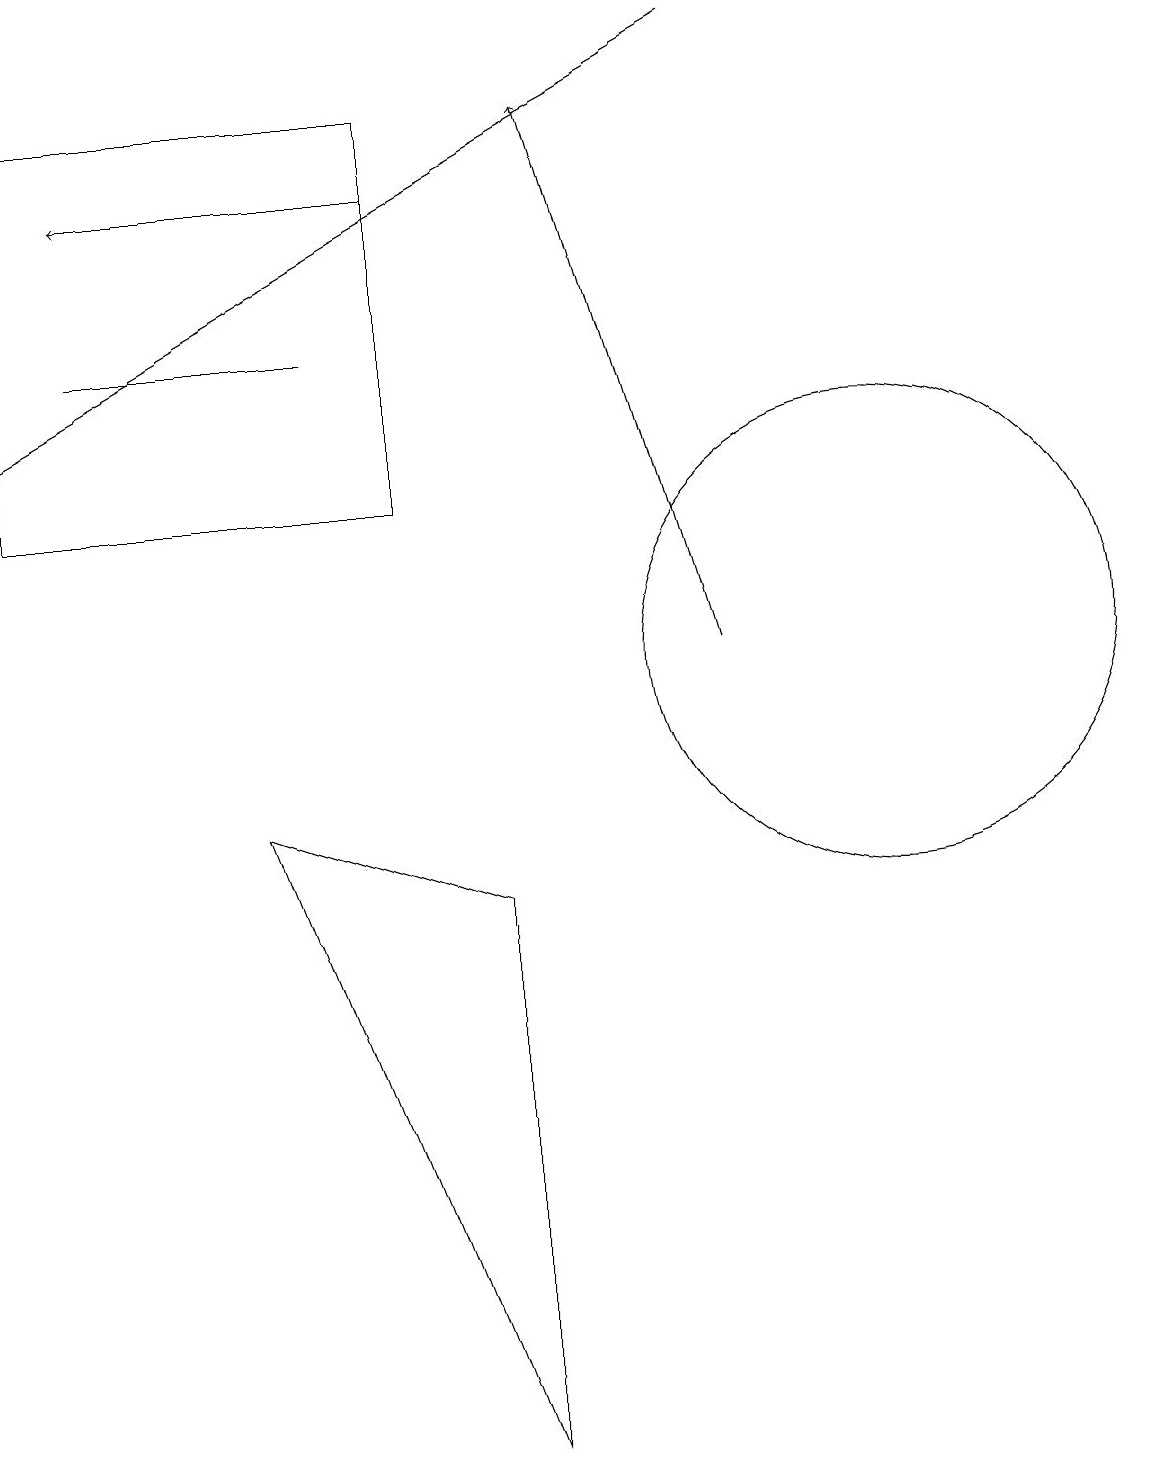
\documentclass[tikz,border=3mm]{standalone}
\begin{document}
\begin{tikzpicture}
\draw (11,10) circle (3);
\draw[->] (9,10) -- (7,17);
\draw (6,0) -- (6,7) -- (3,8) -- cycle;
\draw[->] (9,18) -- (0,13);
\draw (1,14) rectangle (4,14);
\draw[->] (5,16) -- (1,16);
\draw (0,17) rectangle (5,12);
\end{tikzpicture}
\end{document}